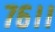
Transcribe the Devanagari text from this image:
७६।।